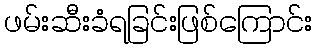
ဖမ်းဆီးခံရခြင်းဖြစ်ကြောင်း